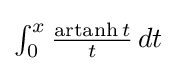
{\textstyle \int _{0}^{x}{\frac {\operatorname {artanh} t}{t}}\,dt}